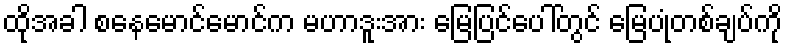
ထိုအခါ စနေမောင်မောင်က မဟာဒူးအား မြေပြင်ပေါ်တွင် မြေပုံတစ်ချပ်ကို